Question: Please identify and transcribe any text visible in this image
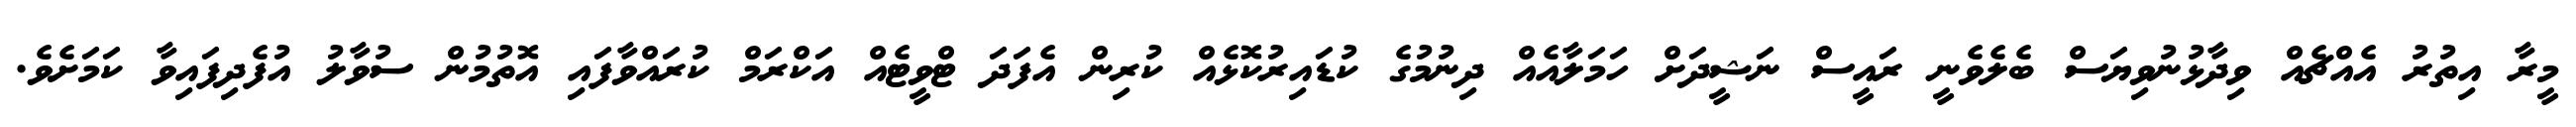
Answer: މީރާ އިތުރު އެއްޗެއް ވިދާޅުނުވިޔަސް ބެލެވެނީ ރައީސް ނަޝީދަށް ހަމަލާއެއް ދިނުމުގެ ކުޑައިރުކޮޅެއް ކުރިން އެފަދަ ޓްވީޓެއް އަކްރަމް ކުރައްވާފައި އޮތުމުން ސުވާލު އުފެދިފައިވާ ކަމަށެވެ.